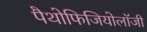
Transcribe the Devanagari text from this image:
पैथोफिजियोलॉजी